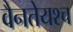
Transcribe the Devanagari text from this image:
वैनतेयश्च